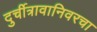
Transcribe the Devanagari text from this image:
दुर्चीत्रावानिवरचा